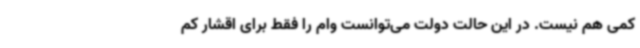
کمی هم نیست. در این حالت دولت می‌توانست وام را فقط برای اقشار کم